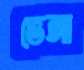
ভেঙ্গা